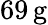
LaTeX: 69\, \mathrm{\textrm{g}}